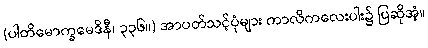
(ပါတိမောက္ခမေဒိနီ၊ ၃၃၆။) အာပတ်သင့်ပုံများ ကာလိကလေးပါး၌ ပြဆိုအံ့။